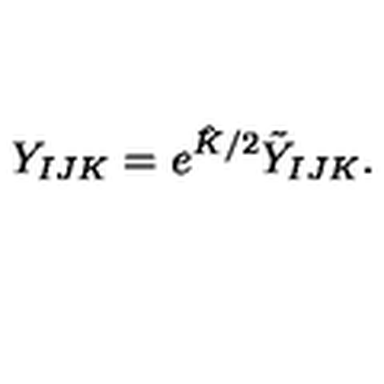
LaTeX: Y _ { I J K } = e ^ { { \hat { K } } / 2 } { \tilde { Y } } _ { I J K } .